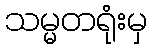
သမ္မတရုံးမှ